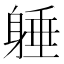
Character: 𨉡